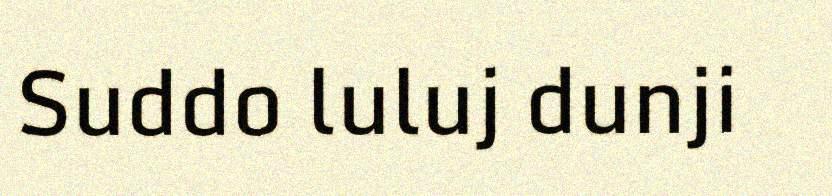
Suddo luluj dunji